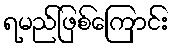
ရမည်ဖြစ်ကြောင်း